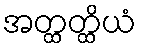
အတ္ထတ္ထိယံ